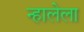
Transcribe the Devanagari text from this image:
न्हालेला